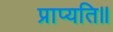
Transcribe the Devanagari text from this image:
प्राप्यति॥